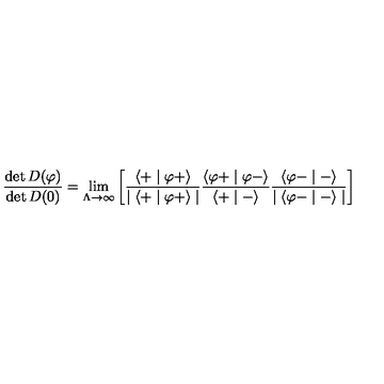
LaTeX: \frac { \det D ( \varphi ) } { \det D ( 0 ) } = \lim _ { \Lambda \to \infty } \left[ \frac { \langle + \mid \varphi + \rangle } { \mid \langle + \mid \varphi + \rangle \mid } \frac { \langle \varphi + \mid \varphi - \rangle } { \langle + \mid - \rangle } \frac { \langle \varphi - \mid - \rangle } { \mid \langle \varphi - \mid - \rangle \mid } \right]